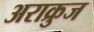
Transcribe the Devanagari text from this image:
अराक्रुज